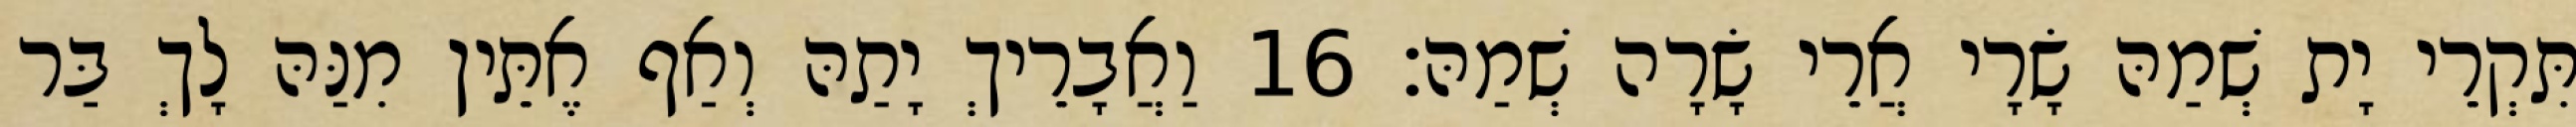
תִּקְרֵי יָת שְׁמַהּ שָׂרָי אֲרֵי שָׂרָה שְׁמַהּ׃ 16 וַאֲבָרֵיךְ יָתַהּ וְאַף אֶתֵּין מִנַּהּ לָךְ בַּר